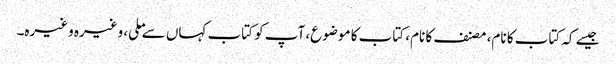
جیسے کہ کتاب کا نام، مصنف کا نام، کتاب کا موضوع، آپ کو کتاب کہاں سے ملی، وغیرہ وغیرہ۔